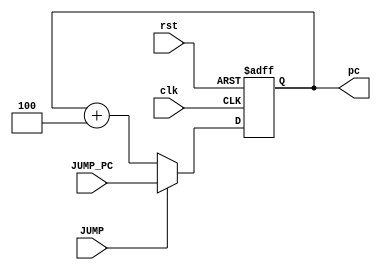
module top_module (
    input  wire        clk,
    input  wire        rst,
    input  wire        JUMP,
    input  wire [31:0] JUMP_PC,
    output reg  [31:0] pc
);
    wire [31:0] pc_plus4;
    assign pc_plus4 = pc + 32'h4;

    //PC
    always @(posedge clk or posedge rst) begin
        if (rst) begin
            pc <= 32'h0;
        end
        else begin
            if (JUMP) begin
                pc <= JUMP_PC;
            end
            else begin
                pc <= pc_plus4;
            end
        end
    end
endmodule